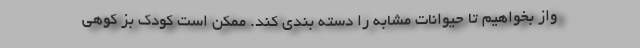
واز بخواهیم تا حیوانات مشابه را دسته بندی کند. ممکن است کودک بز کوهی